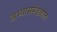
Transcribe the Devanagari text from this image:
अभ्यासमंडळात